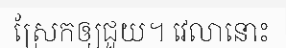
ស្រែកឲ្យជួយ។ វេលានោះ